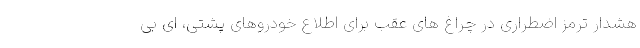
هشدار ترمز اضطراری در چراغ های عقب برای اطلاع خودروهای پشتی، ای بی